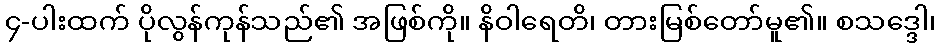
၄-ပါးထက် ပိုလွန်ကုန်သည်၏ အဖြစ်ကို။ နိဝါရေတိ၊ တားမြစ်တော်မူ၏။ စသဒ္ဒေါ၊